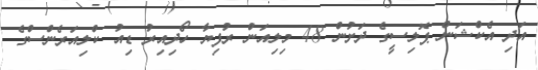
އަދި އެކްޝަން ޕޮލިސީގެ ދަށުން 48 މިލިއަން ރުފިޔާ ހޯދިއިރު ޑިއު ކްލިއަރެންސްގެ